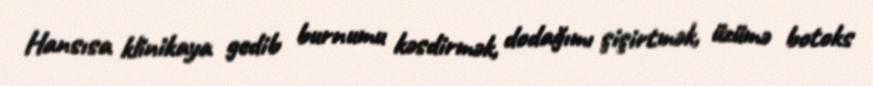
Hansısa klinikaya gedib burnumu kəsdirmək, dodağımı şişirtmək, üzümə botoks